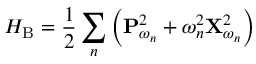
H _ { \mathrm { B } } = \frac { 1 } { 2 } \sum _ { n } \left( \mathbf { P } _ { \omega _ { n } } ^ { 2 } + \omega _ { n } ^ { 2 } \mathbf { X } _ { \omega _ { n } } ^ { 2 } \right)